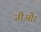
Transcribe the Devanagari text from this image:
जीओ।